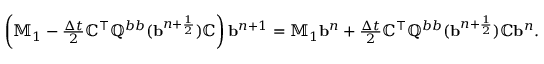
\begin{array} { r } { \left( \mathbb { M } _ { 1 } - \frac { \Delta t } { 2 } \mathbb { C } ^ { \top } \mathbb { Q } ^ { b b } ( { \mathbf b } ^ { n + \frac { 1 } { 2 } } ) \mathbb { C } \right) { \mathbf b } ^ { n + 1 } = \mathbb { M } _ { 1 } { \mathbf b } ^ { n } + \frac { \Delta t } { 2 } \mathbb { C } ^ { \top } \mathbb { Q } ^ { b b } ( { \mathbf b } ^ { n + \frac { 1 } { 2 } } ) \mathbb { C } { \mathbf b } ^ { n } . } \end{array}